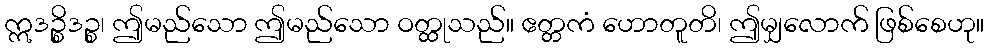
ဣဒဉ္စိဒဉ္စ၊ ဤမည်သော ဤမည်သော ဝတ္ထုသည်။ ဧတ္တကံ ဟောတူတိ၊ ဤမျှလောက် ဖြစ်စေဟု။